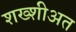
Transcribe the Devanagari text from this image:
शख्शीअत